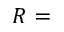
R =